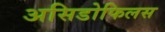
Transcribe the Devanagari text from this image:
असिडोफिलस